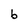
Character: b